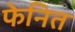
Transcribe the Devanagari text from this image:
फेनित